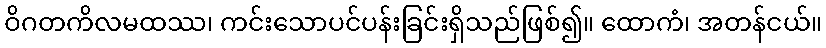
ဝိဂတကိလမထဿ၊ ကင်းသောပင်ပန်းခြင်းရှိသည်ဖြစ်၍။ ထောကံ၊ အတန်ငယ်။